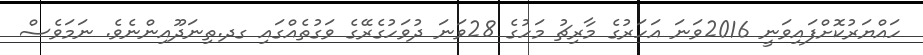
ހައްޔަރުކޮށްފައިވަނީ 2016ވަނަ އަހަރުގެ މާރިޗު މަހުގެ 28ވަނަ ދުވަހުގެރޭގެ ވަގުތެއްގައި ގދ.ތިނަދޫއިންނެވެ. ނަމަވެސް